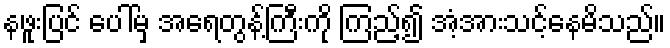
နဖူးပြင် ပေါ်မှ အရေတွန့်ကြီးကို ကြည့်၍ အံ့အားသင့်နေမိသည်။